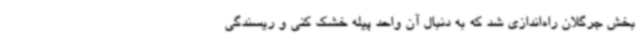
بخش جرگلان راه‌اندازی شد که به دنبال آن واحد پیله خشک کنی و ریسندگی